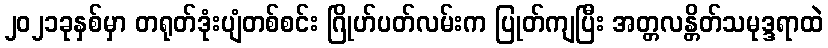
၂၀၂၁ခုနှစ်မှာ တရုတ်ဒုံးပျံတစ်စင်း ဂြိုဟ်ပတ်လမ်းက ပြုတ်ကျပြီး အတ္တလန္တိတ်သမုဒ္ဒရာထဲ